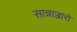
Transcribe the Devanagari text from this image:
सान्नाज्जारो